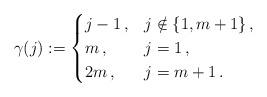
LaTeX: \begin{align*}\gamma(j):=\begin{cases}j-1\,,&j\notin\{1,m+1\}\,,\\m\,,&j=1\,,\\2m\,,&j=m+1\,.\end{cases}\end{align*}